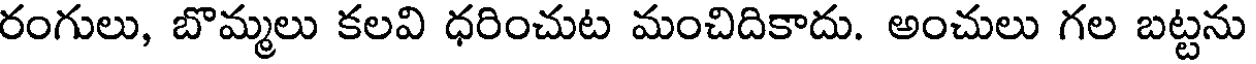
రంగులు, బొమ్మలు కలవి ధరించుట మంచిదికాదు. అంచులు గల బట్టను